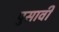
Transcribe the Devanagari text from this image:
पुसावी